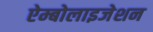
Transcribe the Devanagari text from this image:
ऐम्बोलाइजेशन